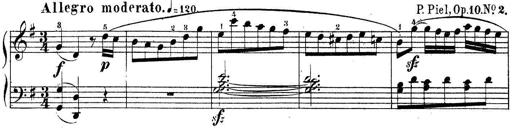
Title: Piano Sonatine No.2
Composer: Peter Piel
Key: G major